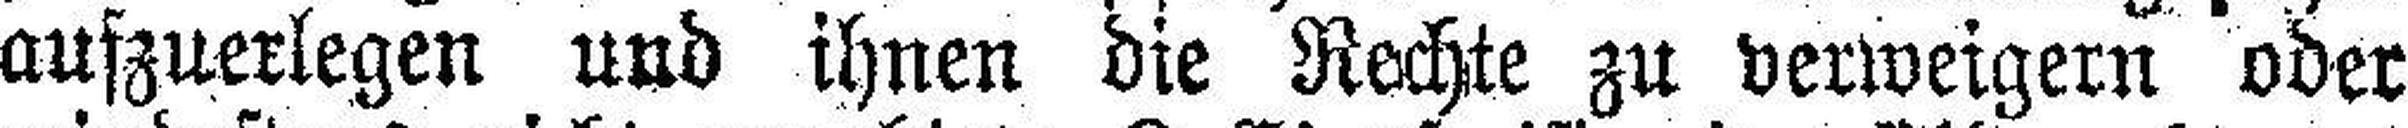
aufzuerlegen und ihnen die Rechte zu verweigern oder